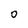
Character: O